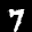
Label: 7